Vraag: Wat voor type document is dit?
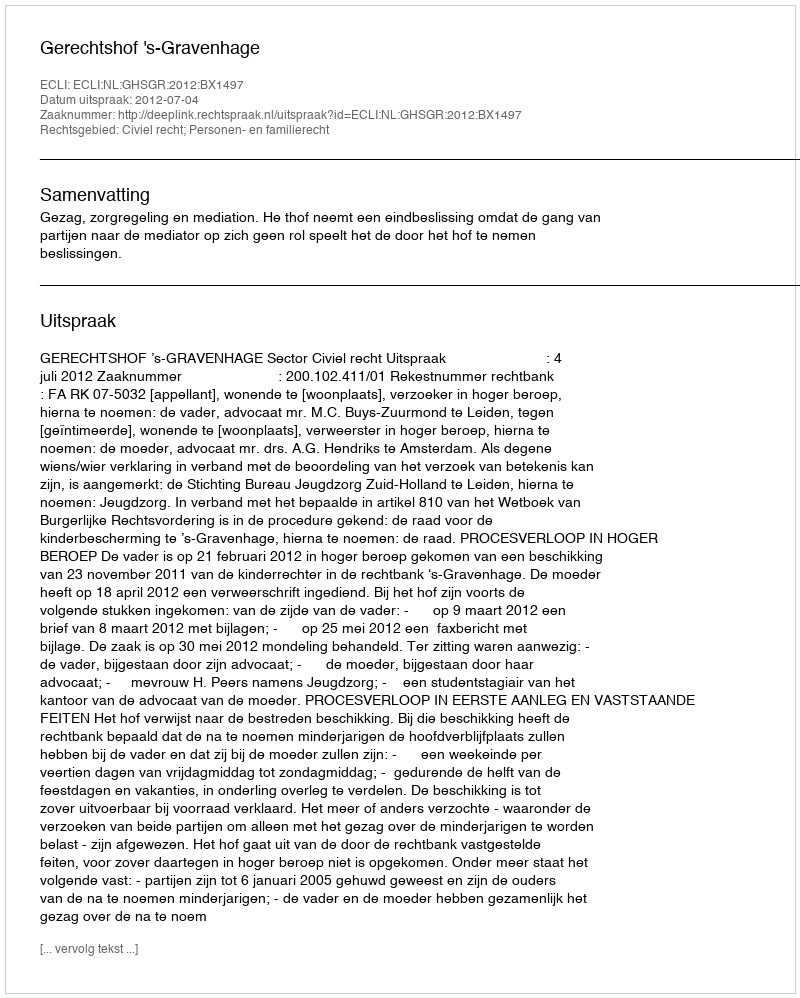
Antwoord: Uitspraak